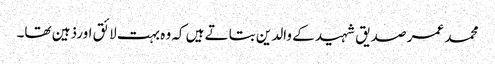
محمد عمر صدیق شہید کے والدین بتاتے ہیں کہ وہ بہت لائق اورذہین تھا۔